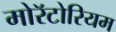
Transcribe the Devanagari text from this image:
मोरॅटोरियम